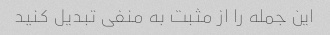
این جمله را از مثبت به منفی تبدیل کنید